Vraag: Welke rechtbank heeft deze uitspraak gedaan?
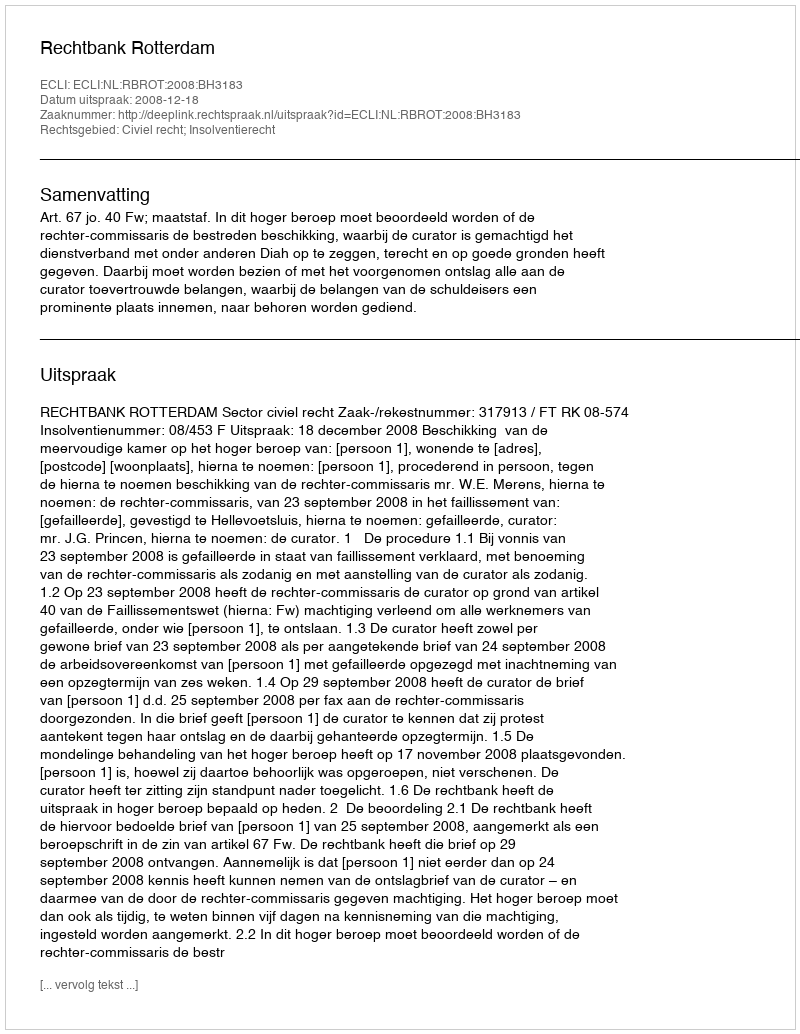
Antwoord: Rechtbank Rotterdam